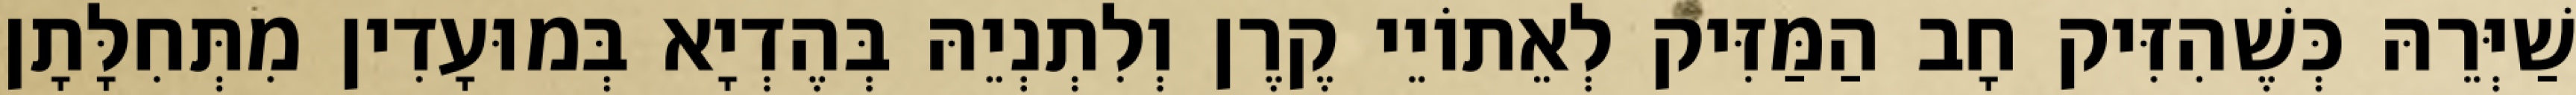
שַׁיְּרֵהּ כְּשֶׁהִזִּיק חָב הַמַּזִּיק לְאֵתוֹיֵי קֶרֶן וְלִתְנְיֵהּ בְּהֶדְיָא בְּמוּעָדִין מִתְּחִלָּתָן